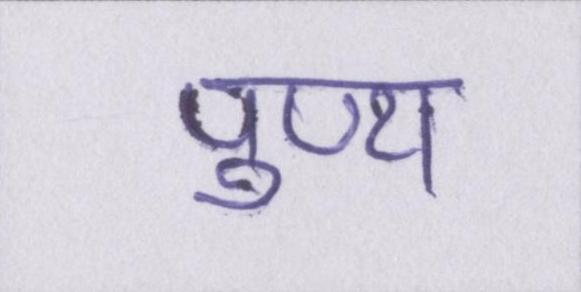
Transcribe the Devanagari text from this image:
पुण्य